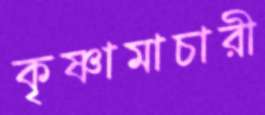
কৃষ্ণামাচারী